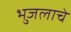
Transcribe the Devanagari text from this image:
भुजलाचे